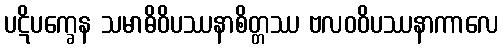
ပဋိပက္ခေန သမာဓိဝိပဿနာစိတ္တဿ ဗလဝဝိပဿနာကာလေ